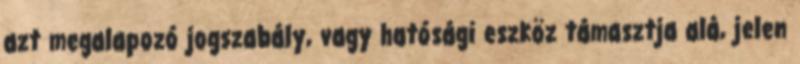
azt megalapozó jogszabály, vagy hatósági eszköz támasztja alá, jelen